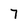
Character: 7